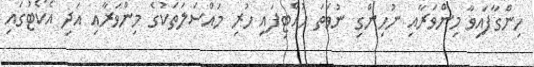
ހިންގާފައިވާ މިންވަރާއި ނުހިންގި ނުވަތަ ހުއްޓިފައި ހުރި މައްސަލަތަކުގެ މިންވަރާއި އަދި އެކޯޓުގައި